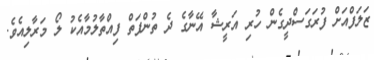
ޒަލަފްއަށް ފުރަގަސްދީގެން ހުރި އަރީޝާ އޭނާގެ ދެ ތުންފަތް ފިއްތާލުމާއެކު ލޯ މަރާލިއެވެ.